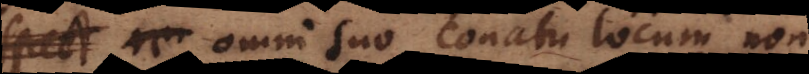
i suo conatu locum non